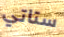
ستاتي